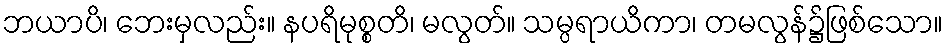
ဘယာပိ၊ ဘေးမှလည်း။ နပရိမုစ္စတိ၊ မလွတ်။ သမ္ပရာယိကာ၊ တမလွန်၌ဖြစ်သော။